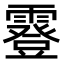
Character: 霯